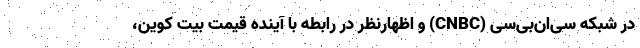
در شبکه سی‌ان‌بی‌سی (CNBC) و اظهارنظر در رابطه با آینده قیمت بیت کوین،